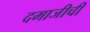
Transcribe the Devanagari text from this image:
दमाजीची